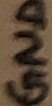
Text: GND